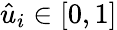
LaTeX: \hat{u}_{i}\in[0,1]